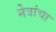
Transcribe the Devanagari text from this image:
नेत्रांचा